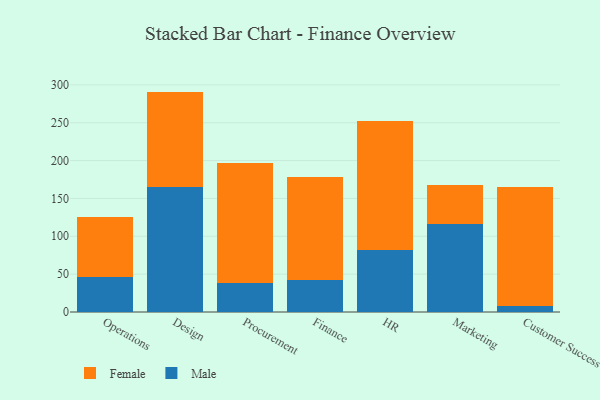
{"axis": {"x": "Department", "y": "Operating Costs (USD K)"}, "legend": ["Female", "Male"], "data": [{"x": "Operations", "y": 45.7, "type": "Male"}, {"x": "Operations", "y": 79.5, "type": "Female"}, {"x": "Design", "y": 164.6, "type": "Male"}, {"x": "Design", "y": 126.5, "type": "Female"}, {"x": "Procurement", "y": 38.1, "type": "Male"}, {"x": "Procurement", "y": 159.3, "type": "Female"}, {"x": "Finance", "y": 42.5, "type": "Male"}, {"x": "Finance", "y": 136.0, "type": "Female"}, {"x": "HR", "y": 82.5, "type": "Male"}, {"x": "HR", "y": 170.4, "type": "Female"}, {"x": "Marketing", "y": 116.2, "type": "Male"}, {"x": "Marketing", "y": 51.3, "type": "Female"}, {"x": "Customer Success", "y": 8.0, "type": "Male"}, {"x": "Customer Success", "y": 156.9, "type": "Female"}]}